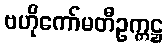
ဗဟိုကော်မတီဥက္ကဋ္ဌ